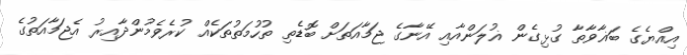
އިއްޔެގެ ބަޣާވާތާ ގުޅިގެން ޣުލަންއާއި އޭނާގެ ޖަމާއަތަށް ބޮޑެތި ތުހުމަތުތަކެއް ކުރެވެމުންދާއިރު އެޖަމާއަތުގެ